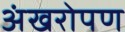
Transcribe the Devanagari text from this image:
अंखरोपण